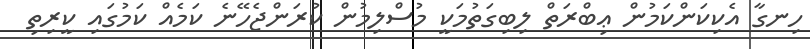
ހިނގާ އެކިކަންކަމުން ޢިބްރަތް ލިބިގަތުމަކީ މުސްލިމުން ކުރަންޖެހޭނެ ކަމެއް ކަމުގައި ކީރިތި